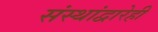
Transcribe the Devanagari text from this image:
संस्थांद्वारेही